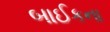
બાઈકના